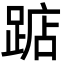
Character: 踮